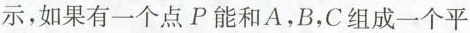
示，如果有一个点P能和A，B，C组成一个平